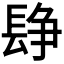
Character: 𨲌